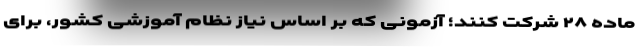
ماده ۲۸ شرکت کنند؛ آزمونی که بر اساس نیاز نظام آموزشی کشور، برای